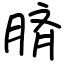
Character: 𦜝